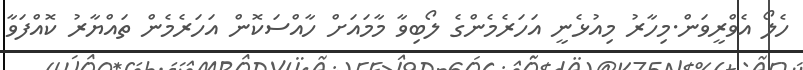
ހެލޯ އެވްރީވަން.މިހާރު މިއުޅެނީ އަހަރެމެންގެ ލޯބިވާ މާމައަށް ހާއްސަކޮން އަހަރެމެން ތައްޔާރު ކޮއްފަވާ